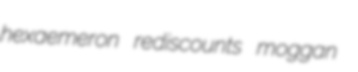
hexaemeron rediscounts moggan